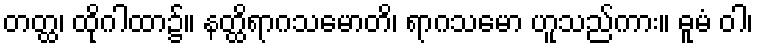
တတ္ထ၊ ထိုဂါထာ၌။ နတ္ထိရာဂသမောတိ၊ ရာဂသမော ဟူသည်ကား။ ဓူမံ ဝါ၊